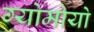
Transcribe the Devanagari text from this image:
ग्योमोयो